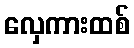
လှေကားထစ်